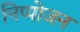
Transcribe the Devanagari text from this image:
निप्‍पोजन